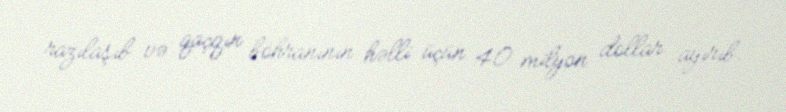
razılaşıb və qaçqın böhranının həlli üçün 40 milyon dollar ayırıb.